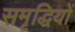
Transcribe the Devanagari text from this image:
समृद्धियों